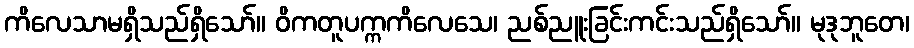
ကိလေသာမရှိသည်ရှိသော်။ ဝိကတူပက္ကကိလေသေ၊ ညစ်ညူးခြင်းကင်းသည်ရှိသော်။ မုဒုဘူတေ၊